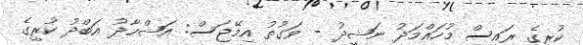
ކުރީގެ ރައީސް މުހައްމަދު ނަޝީދު - ވަގުތު އިމޭޖަސް: އަޝްހާދު އަބްދު ކުރީގެ